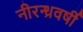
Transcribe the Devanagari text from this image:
नीरन्ध्रवर्षी